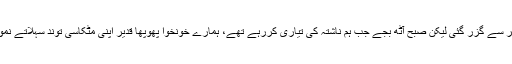
رات تو خیر سے گزر گئی لیکن صبح آٹھ بجے جب ہم ناشتہ کی تیاری کررہے تھے، ہمارے خونخوا پھوپھا قدیر اپنی مٹکاسی توند سہلاتے نمودار ہوئے۔